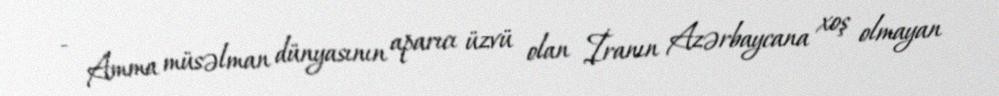
- Amma müsəlman dünyasının aparıcı üzvü olan İranın Azərbaycana xoş olmayan